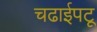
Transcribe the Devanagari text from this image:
चढाईपटू